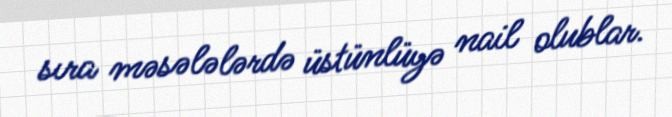
sıra məsələlərdə üstünlüyə nail olublar.